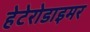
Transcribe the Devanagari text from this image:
हेटेरोडाइमर